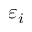
\varepsilon _ { i }